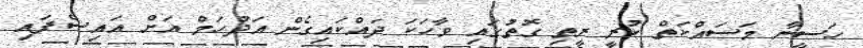
ހަސީނާ މަސައްކަތް ކުރީ ރީތި ގޮތުގައި ވާހަކަ ދައްކައިގެން އަދުހަމް އަށް އައިސްފައި